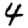
Digit: 4